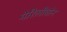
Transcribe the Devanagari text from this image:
मेरिलीबोन